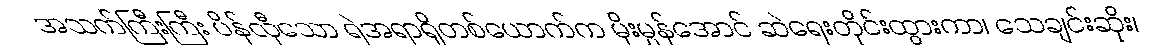
အသက်ကြီးကြီး ပိန်လှီသော ရဲအရာရှိတစ်ယောက်က မိုးမွှန်အောင် ဆဲရေးတိုင်းထွားကာ၊ သေချင်းဆိုး၊